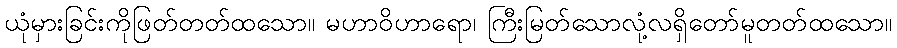
ယုံမှားခြင်းကိုဖြတ်တတ်ထသော။ မဟာဝိဟာရော၊ ကြီးမြတ်သောလုံ့လရှိတော်မူတတ်ထသော။